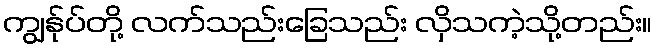
ကျွန်ုပ်တို့ လက်သည်းခြေသည်း လှိသကဲ့သို့တည်း။